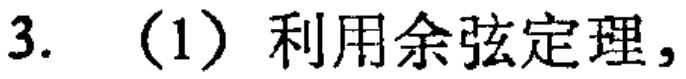
3. (1) 利用余弦定理，